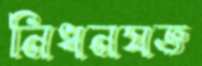
নিধনযজ্ঞ